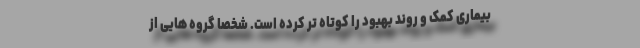
بیماری کمک و روند بهبود را کوتاه تر کرده است. شخصاً گروه هایی از